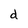
Character: d